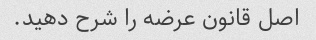
اصل قانون عرضه را شرح دهید.